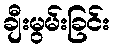
ချီးမွမ်းခြင်း